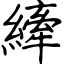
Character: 縴